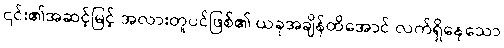
၎င်း၏အဆင့်မြင့် အလားတူပင်ဖြစ်၏ ယခုအချိန်ထိအောင် လက်ရှိနေသော